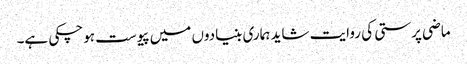
ماضی پرستی کی روایت شاید ہماری بنیادوں میں پیوست ہوچکی ہے۔